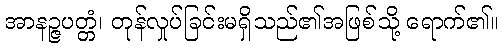
အာနဉ္ဇပတ္တံ၊ တုန်လှုပ်ခြင်းမရှိသည်၏အဖြစ်သို့ ရောက်၏။